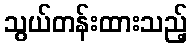
သွယ်တန်းထားသည့်